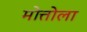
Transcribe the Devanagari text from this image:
मोत्तोला